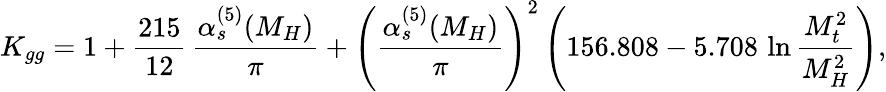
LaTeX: K_{gg}=1+\frac{215}{12}\, \frac{\alpha_{s}^{(5)}(M_{H})}{\pi}+\left(\frac{\alpha_{s}^{(5)}(M_{H})}{\pi}\right)^{2}\left(156.808-5.708\, \ln\frac{M_{t}^{2}}{M_{H}^{2}}\right),